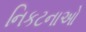
નિકટનાઓ